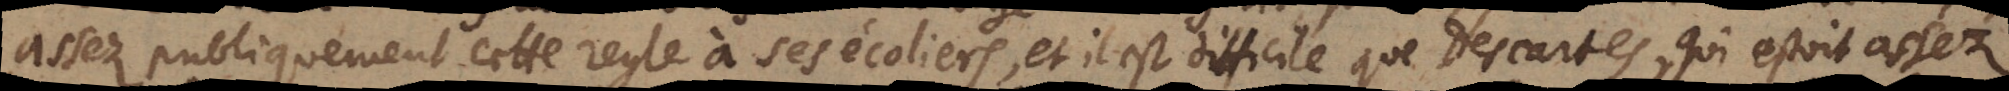
assez publiquement cette regle à ses ecoliers, et il est difficile que Descartes, qui estoit assez